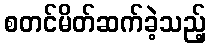
စတင်မိတ်ဆက်ခဲ့သည့်